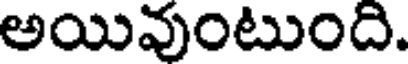
అయివుంటుంది.